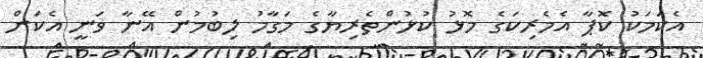
އެކަމަކު ކޮޕާ އެމެރިކަގެ މޮޅު ކުޅުންތެރިޔާގެ މަގާމު ލިބުމުން އޭނާ ވަނީ އެކަން